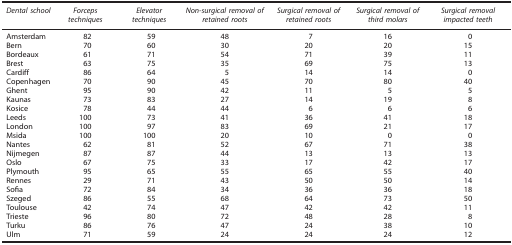
| Dental school | Forceps techniques | Elevator techniques | Non-surgical removal of retained roots | Surgical removal of retained roots | Surgical removal of third molars | Surgical removal impacted teeth |
 | --- | --- | --- | --- | --- | --- | --- |
 | Amsterdam | 82 | 59 | 48 | 7 | 16 | 0 |
 | Bern | 70 | 60 | 30 | 20 | 20 | 15 |
 | Bordeaux | 61 | 71 | 54 | 71 | 39 | 11 |
 | Brest | 63 | 75 | 35 | 69 | 75 | 13 |
 | Cardiff | 86 | 64 | 5 | 14 | 14 | 0 |
 | Copenhagen | 70 | 90 | 45 | 70 | 80 | 40 |
 | Ghent | 95 | 90 | 42 | 11 | 5 | 5 |
 | Kaunas | 73 | 83 | 27 | 14 | 19 | 8 |
 | Kosice | 78 | 44 | 44 | 6 | 6 | 6 |
 | Leeds | 100 | 73 | 41 | 36 | 41 | 18 |
 | London | 100 | 97 | 83 | 69 | 21 | 17 |
 | Msida | 100 | 100 | 20 | 10 | 0 | 0 |
 | Nantes | 62 | 81 | 52 | 67 | 71 | 38 |
 | Nijmegen | 87 | 87 | 44 | 13 | 13 | 13 |
 | Oslo | 67 | 75 | 33 | 17 | 42 | 17 |
 | Plymouth | 95 | 65 | 55 | 65 | 55 | 40 |
 | Rennes | 29 | 71 | 43 | 50 | 50 | 14 |
 | Sofia | 72 | 84 | 34 | 36 | 36 | 18 |
 | Szeged | 86 | 55 | 68 | 64 | 73 | 50 |
 | Toulouse | 42 | 74 | 47 | 42 | 42 | 11 |
 | Trieste | 96 | 80 | 72 | 48 | 28 | 8 |
 | Turku | 86 | 76 | 47 | 24 | 38 | 10 |
 | Ulm | 71 | 59 | 24 | 24 | 24 | 12 |